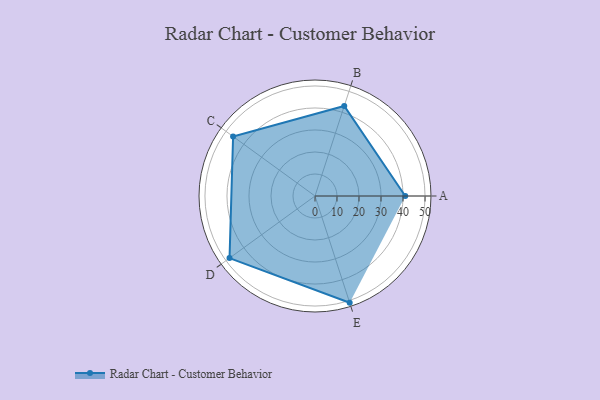
{"axis": {"x": "Skill", "y": "Score"}, "legend": ["Profile"], "data": [{"x": "A", "y": 41.0, "type": "Profile"}, {"x": "B", "y": 43.0, "type": "Profile"}, {"x": "C", "y": 46.0, "type": "Profile"}, {"x": "D", "y": 48.0, "type": "Profile"}, {"x": "E", "y": 51.0, "type": "Profile"}]}